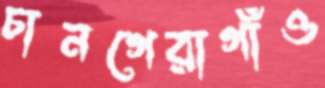
চানগেরাগাঁও